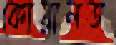
কোয়ালত